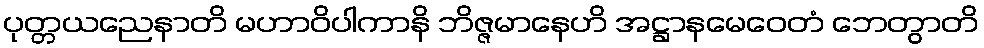
ပုတ္တယညေနာတိ မဟာဝိပါကာနိ ဘိဇ္ဇမာနေဟိ အဋ္ဌာနမေဝေတံ ဘေတွာတိ